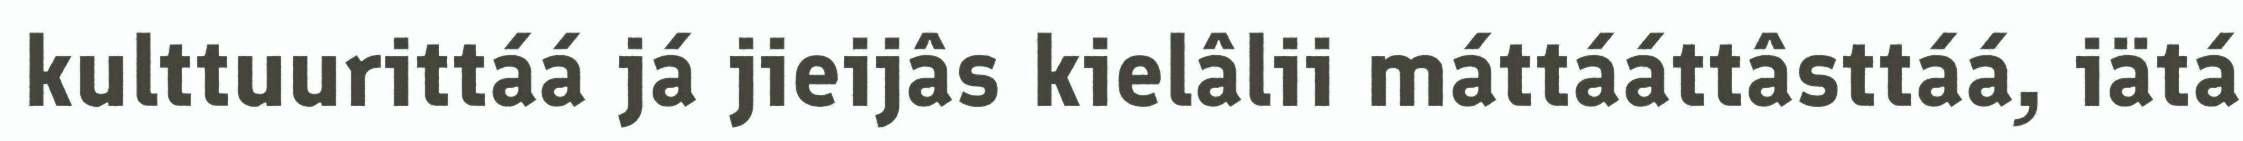
kulttuurittáá já jieijâs kielâlii máttááttâsttáá, iätá